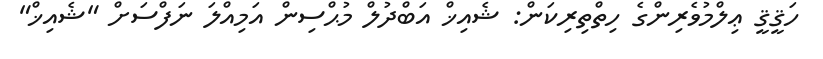
ހަޤީޤީ ޢިލްމުވެރިންގެ ހިތްތިރިކަން: ޝެއިޚް އަބްދުލް މުޙްސިން އަމިއްލަ ނަފްސަށް "ޝެއިޚް"